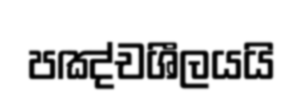
පඤ්චශීලයයි